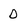
Character: D